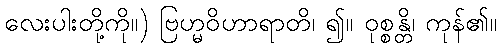
လေးပါးတို့ကို။) ဗြဟ္မဝိဟာရာတိ၊ ၍။ ဝုစ္စန္တိ၊ ကုန်၏။